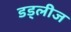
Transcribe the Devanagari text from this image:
डड्लीज